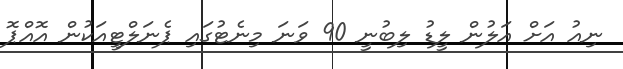
ނިއު އަށް އަލުން ލީޑު ލިބުނީ 90 ވަނަ މިނެޓުގައި ޕެނަލްޓީއަކުން އޮއްޕޮ